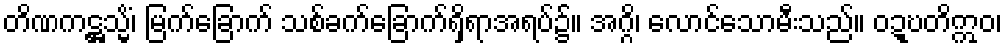
တိဏကဋ္ဌသ္မိံ၊ မြက်ခြောက် သစ်ခက်ခြောက်ရှိရာအရပ်၌။ အဂ္ဂိ၊ လောင်သောမီးသည်။ ဝဍ္ဎတိဣဝ၊